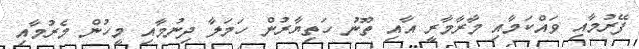
ފޭރުމާއި ވައްކަމާއި މާރާމާރީ އާއި ތޫނު ހަތިޔާރުން ހަމަލާ ދިނުމާއި މީހުން މެރުމާއި